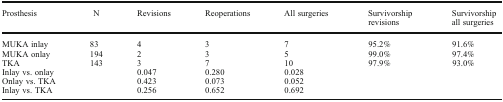
<table><thead><tr><td><b>Prosthesis</b></td><td><b>N</b></td><td><b>Revisions</b></td><td><b>Reoperations</b></td><td><b>All surgeries</b></td><td><b>Survivorship revisions</b></td><td><b>Survivorship all surgeries</b></td></tr></thead><tbody><tr><td>MUKA inlay</td><td>83</td><td>4</td><td>3</td><td>7</td><td>95.2%</td><td>91.6%</td></tr><tr><td>MUKA onlay</td><td>194</td><td>2</td><td>3</td><td>5</td><td>99.0%</td><td>97.4%</td></tr><tr><td>TKA</td><td>143</td><td>3</td><td>7</td><td>10</td><td>97.9%</td><td>93.0%</td></tr><tr><td>Inlay vs. onlay</td><td></td><td>0.047</td><td>0.280</td><td>0.028</td><td></td><td></td></tr><tr><td>Onlay vs. TKA</td><td></td><td>0.423</td><td>0.073</td><td>0.052</td><td></td><td></td></tr><tr><td>Inlay vs. TKA</td><td></td><td>0.256</td><td>0.652</td><td>0.692</td><td></td><td></td></tr></tbody></table>